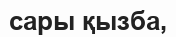
сары қызба,